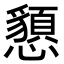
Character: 𢤧